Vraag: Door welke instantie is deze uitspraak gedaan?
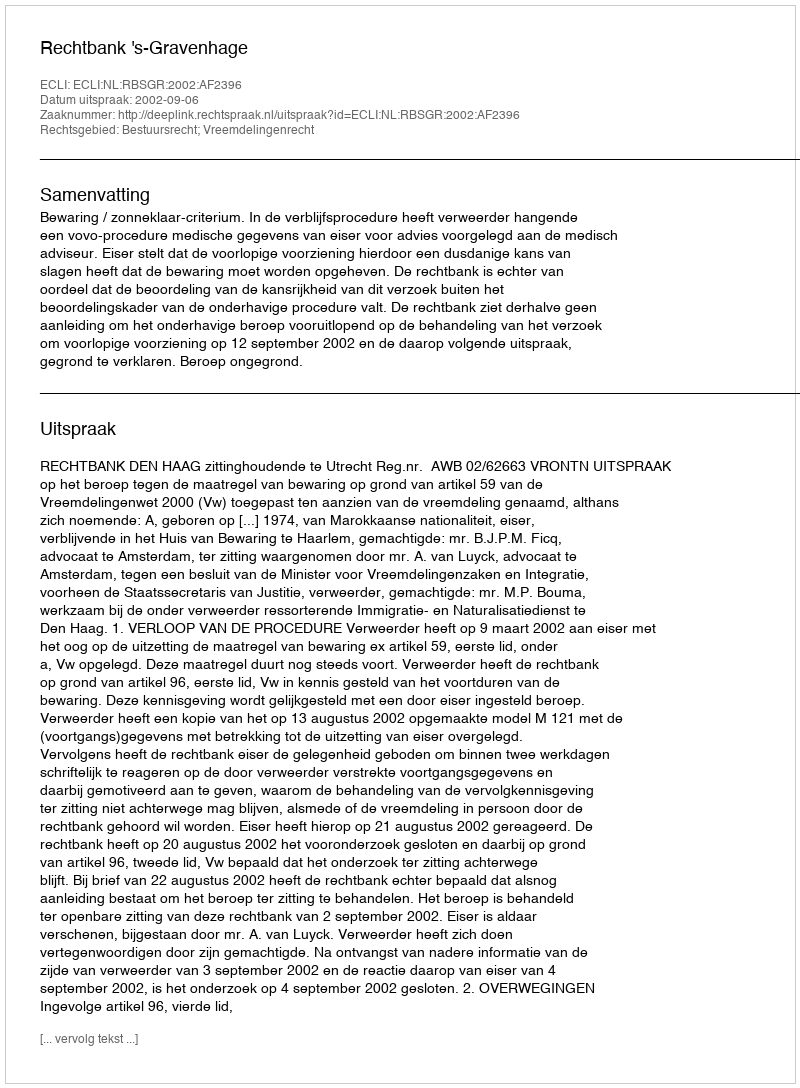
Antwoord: Rechtbank 's-Gravenhage